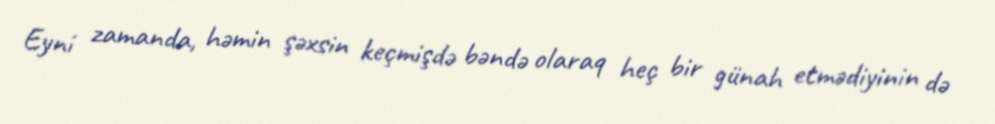
Eyni zamanda, həmin şəxsin keçmişdə bəndə olaraq heç bir günah etmədiyinin də